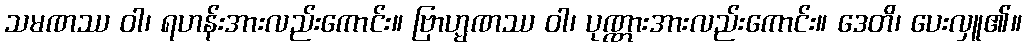
သမဏဿ ဝါ၊ ရဟန်းအားလည်းကောင်း။ ဗြာဟ္မဏဿ ဝါ၊ ပုဏ္ဏားအားလည်းကောင်း။ ဒေတိ၊ ပေးလှူ၏။